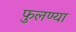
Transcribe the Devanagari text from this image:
फुलण्या